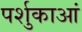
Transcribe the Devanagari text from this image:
पर्शुकाआं